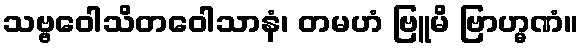
သဗ္ဗဝေါသိတဝေါသာနံ၊ တမဟံ ဗြူမိ ဗြာဟ္မဏံ။